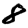
Digit: 8